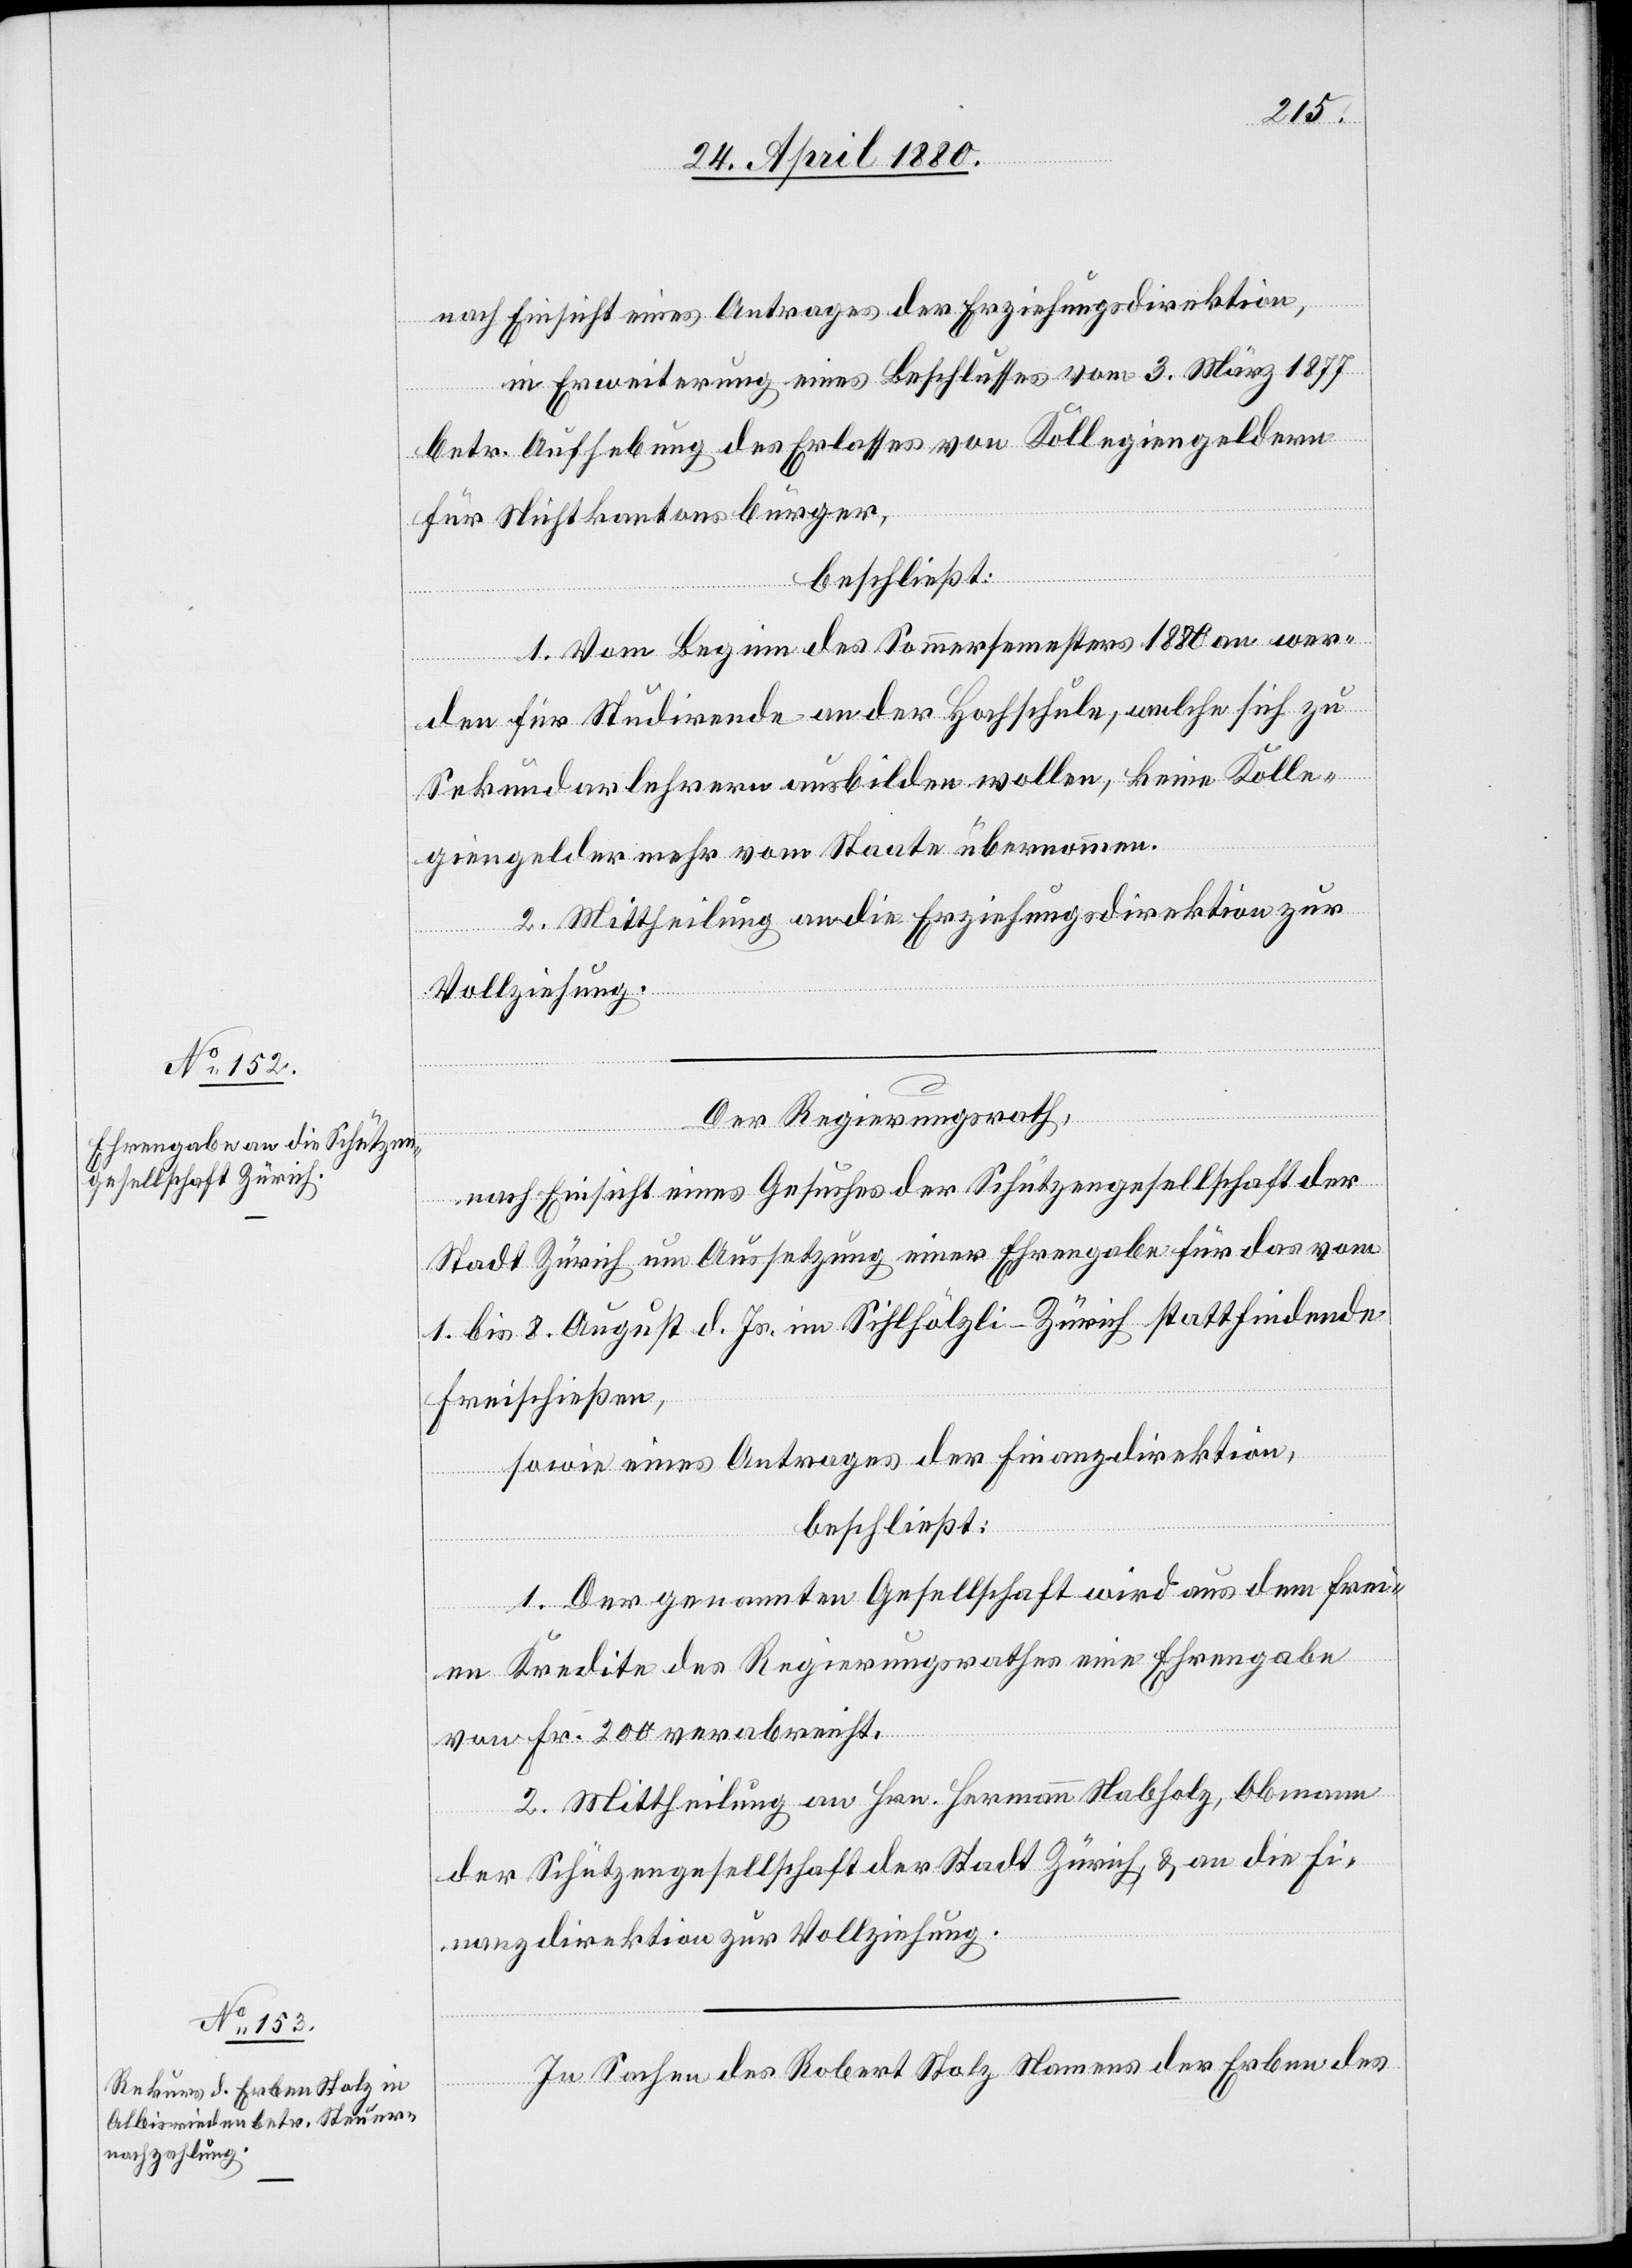
der
nach Einsicht eines Antrages der Schützengesellschaft
in Erweiterung eines Beschlusses vom 3. März 1877
betr. Aufhebung des Erlasses von Kollegiengeldern
für Nichtkantonsbürger,
beschließt:
1. Vom Beginn des Sommersemesters 1880 an wer¬
den für Studirende an der Hochschule, welche sich zu
Sekundarlehrern ausbilden wollen, keine Kolle¬
giengelder mehr vom Staate übernommen.
2. Mittheilung an die Erziehungsdirektion zur
Vollziehung.
Der Regierungsrath,
Stadt Zürich um Aussetzung einer Ehrengabe für das vom
1. bis 8. August d. Js. im Sihlhölzli - Zürich stattfindende
Freischießen,
sowie eines Antrages der Finanzdirektion,
beschließt:
1. Der genannten Gesellschaft wird aus dem frei¬
en Kredite des Regierungsrathes eine Ehrengabe
von Fr. 200 verabreicht.
2. Mittheilung an Hrn. Hermann Nabholz, Obmann
der Schützengesellschaft der Stadt Zürich & an die Fi¬
nanzdirektion zur Vollziehung.
In Sachen des Robert Stolz Namens der Erben des